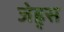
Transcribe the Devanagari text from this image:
जेह्र्स